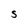
Character: S